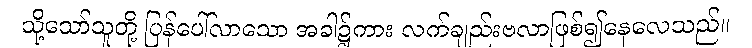
သို့သော်သူတို့ ပြန်ပေါ်လာသော အခါ၌ကား လက်ချည်းဗလာဖြစ်၍နေလေသည်။